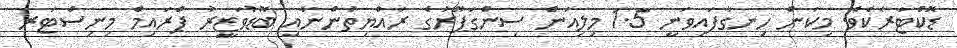
ޑޮކްޓަރެކެވެ. މިކަން ހިނގާފައިވަނީ 1.5 މިލިއަން ސިންގަޕޫރުގެ ރައްޔިތުންނާއި ބޮޑުވަޒީރު ޕްރައިމް މިނިސްޓަރ